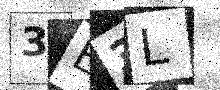
Text: 3E3L